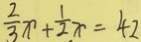
\frac { 2 } { 3 } x + \frac { 1 } { 2 } x = 4 2